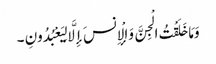
وَمَا خَلَقْتُ الْجِنَّ وَالْإِنسَ إِلَّا لِیَعْبُدُونِ ۔